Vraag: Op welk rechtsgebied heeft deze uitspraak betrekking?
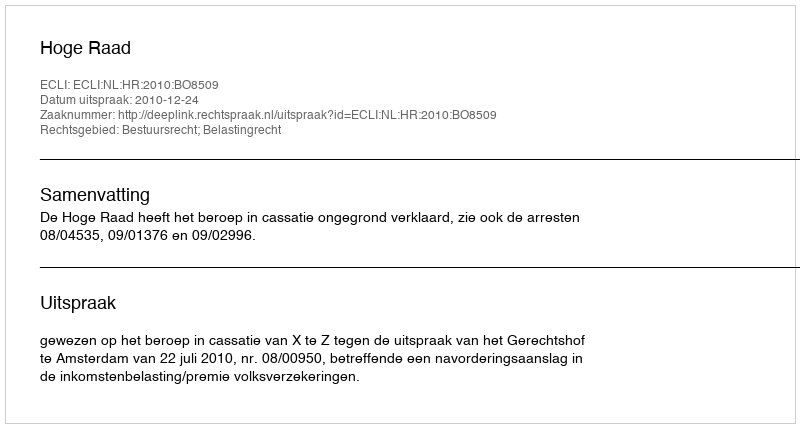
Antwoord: Bestuursrecht; Belastingrecht